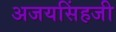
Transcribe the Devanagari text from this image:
अजयसिंहजी